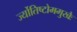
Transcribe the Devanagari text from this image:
र्ज्योतिष्टोममुखैः